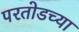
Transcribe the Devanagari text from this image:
परतोडच्या